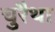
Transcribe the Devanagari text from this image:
चुरैथा